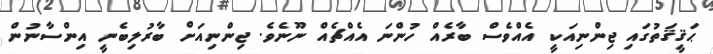
ޙަޤީޤަތުގައި ޖިންނިއަކީ އެއްވެސް ބާރެއް ހުންނަ އެއްޗެއް ނޫނެވެ. ޖިންނިއަށް ބާރުލިބެނީ އިންސާނުން